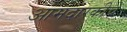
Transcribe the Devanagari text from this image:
आमदारकीचे